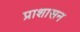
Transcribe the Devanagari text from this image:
प्राशासन